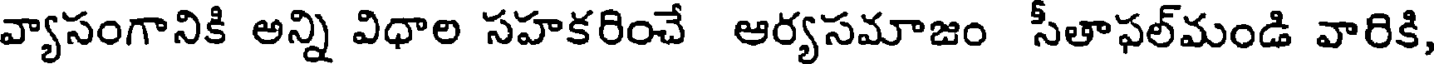
వ్యాసంగానికి అన్ని విధాల సహకరించే ఆర్యసమాజం సీతాఫల్మండి వారికి,